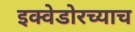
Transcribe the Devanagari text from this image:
इक्वेडोरच्याच